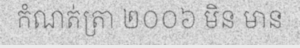
កំណត់ត្រា ២០០៦ មិន មាន